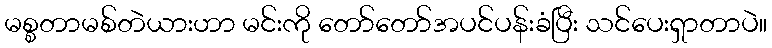
မစ္စတာမစ်တဲယားဟာ မင်းကို တော်တော်အပင်ပန်းခံပြီး သင်ပေးရှာတာပဲ။